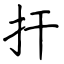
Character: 扞